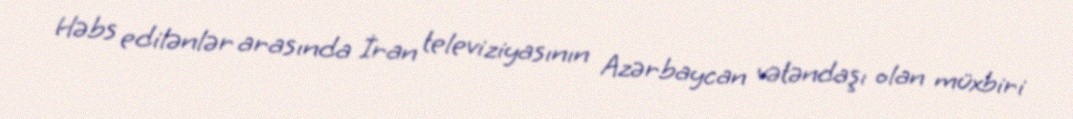
Həbs edilənlər arasında İran televiziyasının Azərbaycan vətəndaşı olan müxbiri